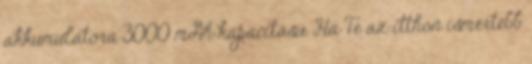
akkumulátora 3000 mAh kapacitású. Ha Te az itthon ismertebb